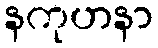
နကုဟနာ